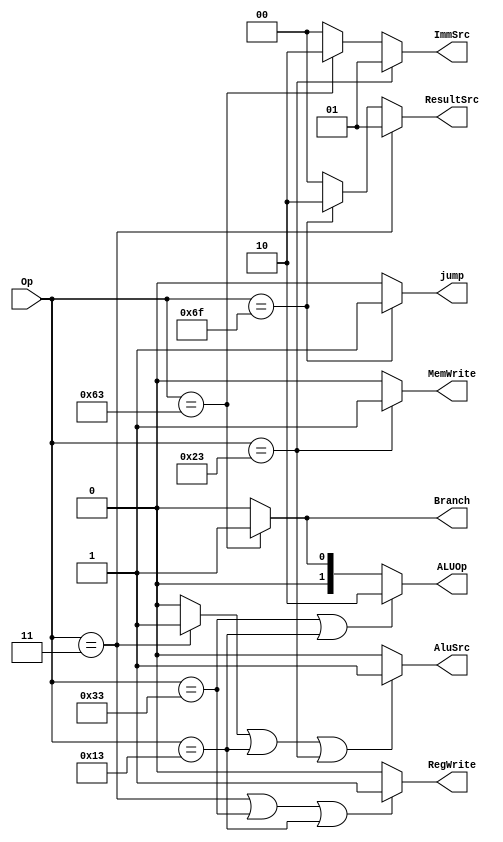
`timescale 1ns / 1ps
//////////////////////////////////////////////////////////////////////////////////
// Company: 
// Engineer: 
// 
// Design Name: 
// Module Name: main_decoder
// Project Name: 
// Target Devices: 
// Tool Versions: 
// Description: 
// 
// Dependencies: 
// 
// Revision:
// Revision 0.01 - File Created
// Additional Comments:
// 
//////////////////////////////////////////////////////////////////////////////////


module main_decoder(Op  ,ResultSrc ,MemWrite ,AluSrc,Branch ,ImmSrc ,RegWrite, ALUOp,jump);
 ////input///
 input [6:0] Op;
 
 output  MemWrite,AluSrc,RegWrite,Branch,jump;
 output   [1:0] ALUOp ;
 output   [1:0] ImmSrc ;
 output  [1:0] ResultSrc;
 
 
wire res_or1,res_or2;
 /// interim wire
 
 //// Using difffernet instructions op code to enable different control signal and components of processors///
 assign RegWrite = (Op==7'b0000011 | Op==7'b0110011| Op == 7'b0010011) ? 1'b1 : 1'b0;
 //assign RegWrite = (Op==7'b0000011 ) ? 1'b1 : 1'b0;
 //assign RegWrite = ((Op==7'b0000011) | res_or1) ? 1'b1 : 1'b0;
 
// assign res_or1 = (Op==7'b0110011) |  (Op==7'b0010011) ? 1'b1 : 1'b0;
 assign AluSrc = (res_or1 | Op==7'b0010011| Op==7'b0100011 ) ? 1'b1 : 1'b0; 
 assign res_or1 = ( Op==7'b0000011  ) ? 1'b1 : 1'b0; 
 //assign AluSrc = ((Op==7'b0010011) |  res_or2) ? 1'b1 : 1'b0;
 
 assign MemWrite = (Op==7'b0100011) ? 1'b1 : 1'b0;
 
 assign Branch = (Op==7'b1100011) ? 1'b1 : 1'b0;
 
  assign jump = (Op==7'b1101111) ? 1'b1 : 1'b0;
 
 assign ALUOp = (Op==7'b0110011 | Op==7'b0010011 ) ? 2'b10 :
                (Op==7'b1100011) ? 2'b01 : 2'b00;
               
 ///In case of R-type instruction, ImmSrc enable or disable does;nt matter , so we use it by default 00 instead of xx///
 assign ImmSrc = (Op==7'b0100011) ? 2'b01 : 
                 (Op==7'b1100011) ? 2'b10 : 2'b00;
                 
 assign ResultSrc = (Op==7'b0000011) ? 2'b01 :
                    (Op==7'b1101111) ? 2'b10 :
                     2'b00; 
                     
                     

 
endmodule